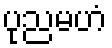
ပုညမဟံ